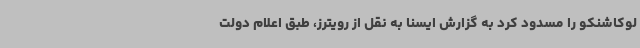
لوکاشنکو را مسدود کرد به گزارش ایسنا به نقل از رویترز، طبق اعلام دولت